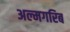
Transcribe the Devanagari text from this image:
अल्मगरिब